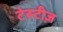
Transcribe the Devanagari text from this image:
टेस्टीज़